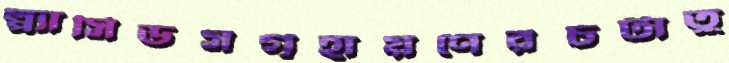
প্ল্যাসিডসগৃহায়ণেরচটাতু